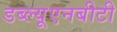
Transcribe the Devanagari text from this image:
डब्ल्यूएनबीटी